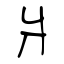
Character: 爿